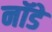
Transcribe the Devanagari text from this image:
नॉडे